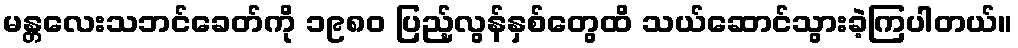
မန္တလေးသဘင်ခေတ်ကို ၁၉၈၀ ပြည့်လွန်နှစ်တွေထိ သယ်ဆောင်သွားခဲ့ကြပါတယ်။